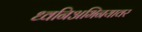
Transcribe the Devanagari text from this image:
ध्वनिअभिनयावर